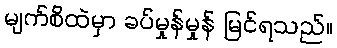
မျက်စိထဲမှာ ခပ်မှုန်မှုန် မြင်ရသည်။